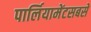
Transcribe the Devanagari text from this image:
पार्लियामेंटसबसे